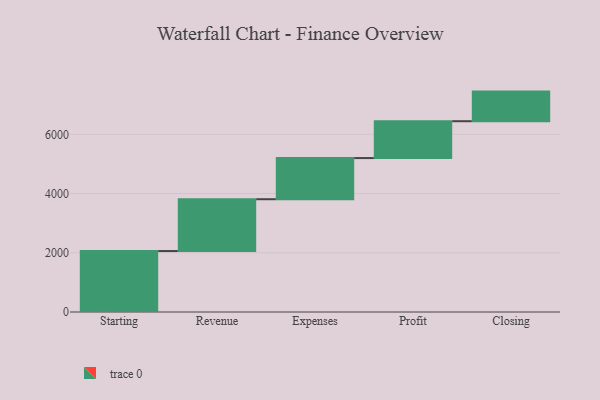
{"axis": {"x": "Step", "y": "Value"}, "legend": [""], "data": [{"x": "Starting", "y": 2059.0, "type": ""}, {"x": "Revenue", "y": 1750.0, "type": ""}, {"x": "Expenses", "y": 1390.0, "type": ""}, {"x": "Profit", "y": 1245.0, "type": ""}, {"x": "Closing", "y": 1000, "type": ""}]}